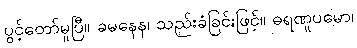
ပွင့်တော်မူပြီ။ ခမနေန၊ သည်းခံခြင်းဖြင့်။ ဓရဏူပမော၊